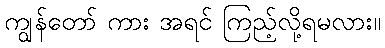
ကျွန်တော် ကား အရင် ကြည့်လို့ရမလား။